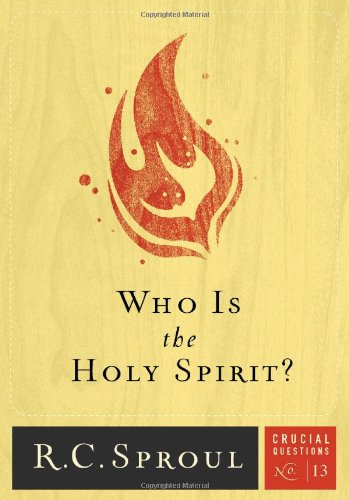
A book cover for Who Is the Holy Spirit? (Crucial Questions (Reformation Trust)); R.C. Sproul; Christian Books & Bibles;